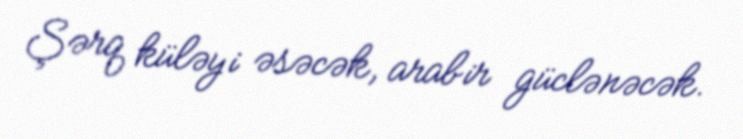
Şərq küləyi əsəcək, arabir güclənəcək.